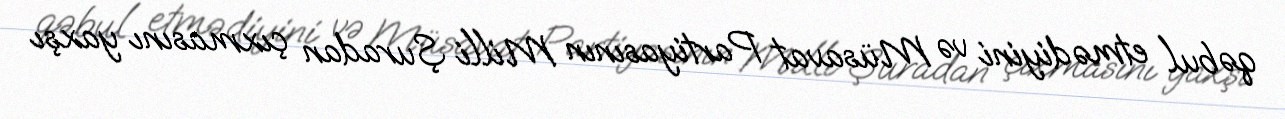
qəbul etmədiyini və Müsavat Partiyasının Milli Şuradan çıxmasını yaxşı